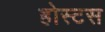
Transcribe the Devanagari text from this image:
होस्टस